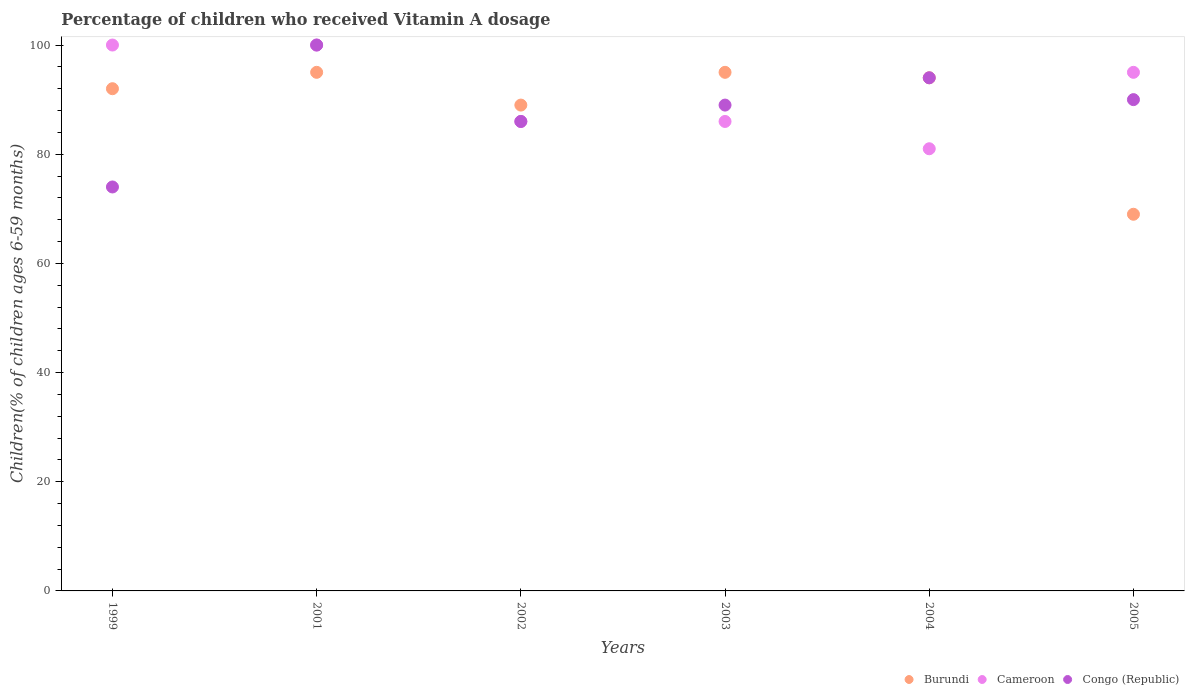
| Years | Burundi | Cameroon | Congo (Republic) |
 | --- | --- | --- | --- |
 | 1999 | 92 | 100 | 74 |
 | 2001 | 95 | 100 | 100 |
 | 2002 | 89 | 86 | 86 |
 | 2003 | 95 | 86 | 89 |
 | 2004 | 94 | 81 | 94 |
 | 2005 | 69 | 95 | 90 |